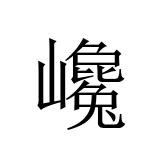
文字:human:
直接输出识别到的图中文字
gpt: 巉